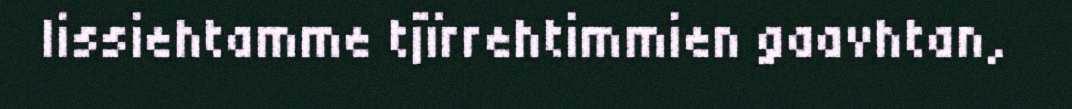
lissiehtamme tjïrrehtimmien gaavhtan,